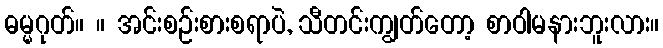
ဓမ္မဂုတ်။ ။ အင်းစဉ်းစားစရာပဲ, သီတင်းကျွတ်တော့ စာဝါမနားဘူးလား။